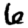
Digit: 6